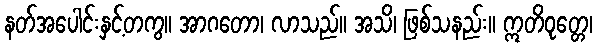
နတ်အပေါင်းနှင့်တကွ။ အာဂတော၊ လာသည်။ အသိ၊ ဖြစ်သနည်း။ ဣတိဝုတ္တေ၊